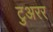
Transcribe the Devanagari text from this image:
टुअरर